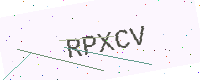
Text: RPXCV